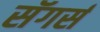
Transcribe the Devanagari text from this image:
सॅगर्स